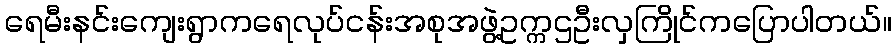
ရေမီးနင်းကျေးရွာကရေလုပ်ငန်းအစုအဖွဲ့ဥက္ကဌဦးလှကြိုင်ကပြောပါတယ်။